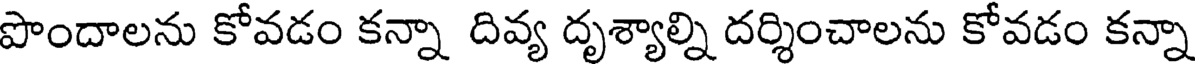
పొందాలను కోవడం కన్నా దివ్య దృశ్యాల్ని దర్శించాలను కోవడం కన్నా